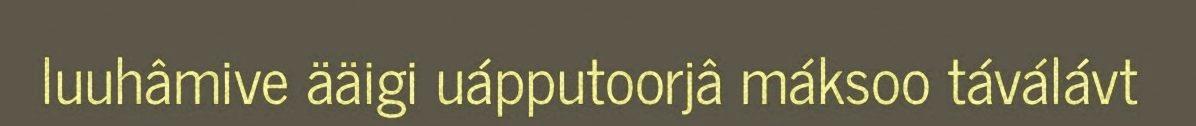
luuhâmive ääigi uápputoorjâ máksoo táválávt